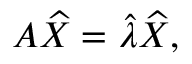
A \widehat { X } = \widehat { \lambda } \widehat { X } ,